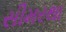
સીમરથા